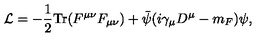
{ \cal L } = - \frac { 1 } { 2 } \mathrm { T r } ( F ^ { \mu \nu } F _ { \mu \nu } ) + \bar { \psi } ( i \gamma _ { \mu } D ^ { \mu } - m _ { F } ) \psi ,